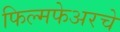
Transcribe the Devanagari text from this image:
फिल्मफेअरचे